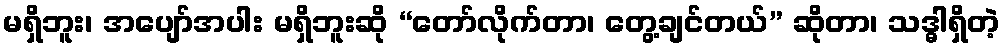
မရှိဘူး၊ အပျော်အပါး မရှိဘူးဆို “တော်လိုက်တာ၊ တွေ့ချင်တယ်” ဆိုတာ၊ သဒ္ဓါရှိတဲ့